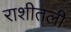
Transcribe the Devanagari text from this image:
राशीतली